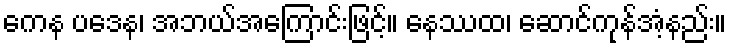
ကေန ပဒေန၊ အဘယ်အကြောင်းဖြင့်။ နေဿထ၊ ဆောင်ကုန်အံ့နည်း။